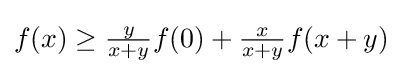
f(x)\geq \textstyle {\frac {y}{x+y}}f(0)+\textstyle {\frac {x}{x+y}}f(x+y)